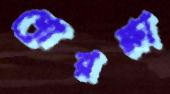
গোরক্ষা